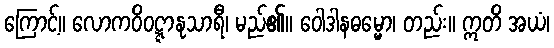
ကြောင့်။ လောကဝိဝဋ္ဋာနုသာရီ၊ မည်၏။ ဝေါဒါနဓမ္မော၊ တည်း။ ဣတိ အယံ၊